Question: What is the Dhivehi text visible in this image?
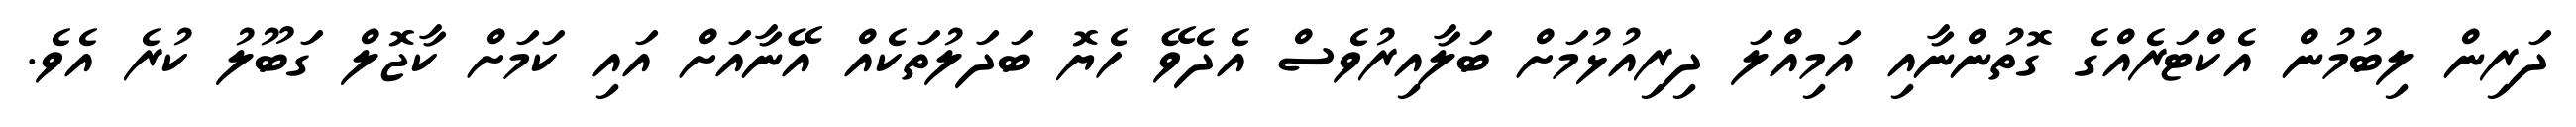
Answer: ދަރިން ލިބުމުން އެކްޓަރެއްގެ ގޮތުންނާއި އަމިއްލަ ދިރިއުޅުމަށް ބަލާއިރުވެސް އެދެވޭ ހެޔޮ ބަދަލުތަކެއް އޭނާއަށް އައި ކަމަށް ކާޖޮލް ގަބޫލު ކުރެ އެވެ.